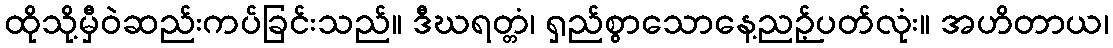
ထိုသို့မှီဝဲဆည်းကပ်ခြင်းသည်။ ဒီဃရတ္တံ၊ ရှည်စွာသောနေ့ညဉ့်ပတ်လုံး။ အဟိတာယ၊